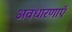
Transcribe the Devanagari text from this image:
अवधारणाएॅ